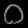
Digit: ၀